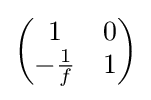
\left({\begin{matrix}1&0\\-{\frac {1}{f}}&1\\\end{matrix}}\right)